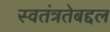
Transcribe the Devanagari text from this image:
स्वतंत्रतेबद्दल